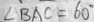
\angle B A C = 6 0 ^ { \circ }